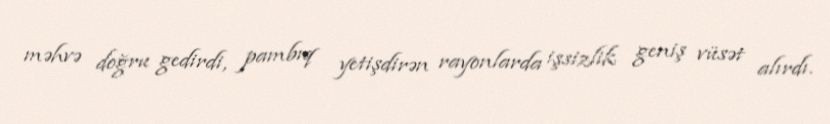
məhvə doğru gedirdi, pambıq yetişdirən rayonlarda işsizlik geniş vüsət alırdı.